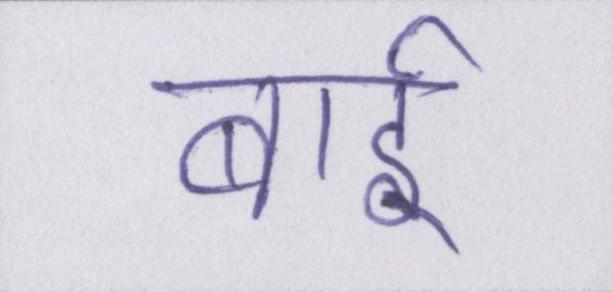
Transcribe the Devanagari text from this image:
बाई।